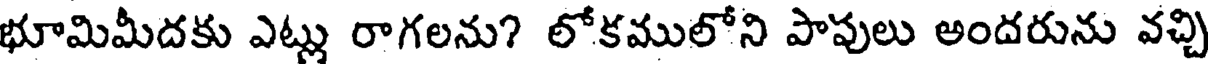
భూమిమీదకు ఎట్లు రాగలను? లోకములోని పాపులు అందరును వచ్చి